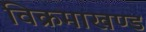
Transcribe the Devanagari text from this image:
विक्रमाखण्ड